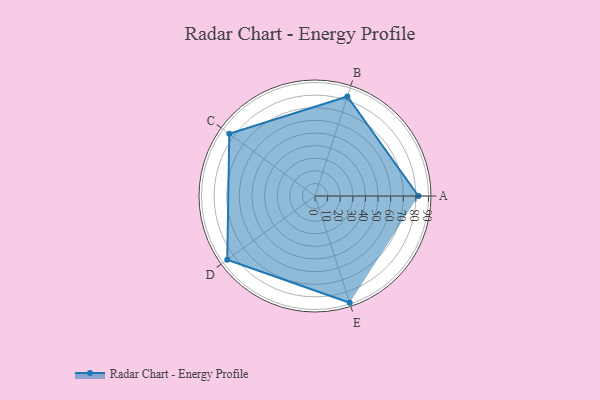
{"axis": {"x": "Skill", "y": "Score"}, "legend": ["Profile"], "data": [{"x": "A", "y": 82.0, "type": "Profile"}, {"x": "B", "y": 83.0, "type": "Profile"}, {"x": "C", "y": 84.0, "type": "Profile"}, {"x": "D", "y": 86.0, "type": "Profile"}, {"x": "E", "y": 89.0, "type": "Profile"}]}